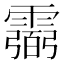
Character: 𩅭